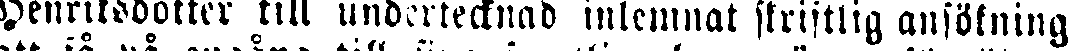
Henriksdotter till undertecknad inlemnat skriftlig ansökning